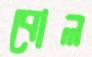
বোল